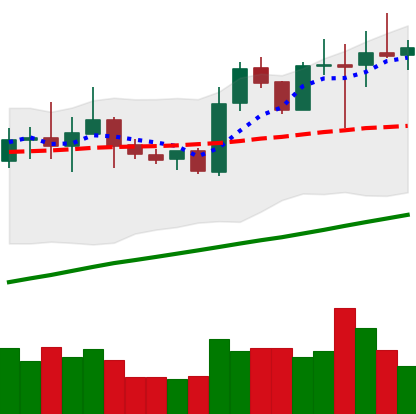
Ticker: NEO-USD
Chart end date: 2020-07-30
Forward return: 6.1%
Label: up_5_7